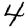
Digit: 4